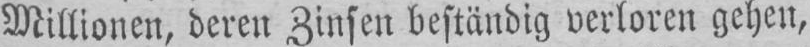
Millionen, deren Zinsen beständig verloren gehen,